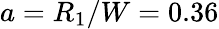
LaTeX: a=R_{1}/W=0.36